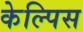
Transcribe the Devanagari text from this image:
केल्पिस